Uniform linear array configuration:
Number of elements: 48
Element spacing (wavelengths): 1
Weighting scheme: uniform
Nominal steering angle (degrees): -15
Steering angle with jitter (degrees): -16.12
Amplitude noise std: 0.05
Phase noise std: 0.05

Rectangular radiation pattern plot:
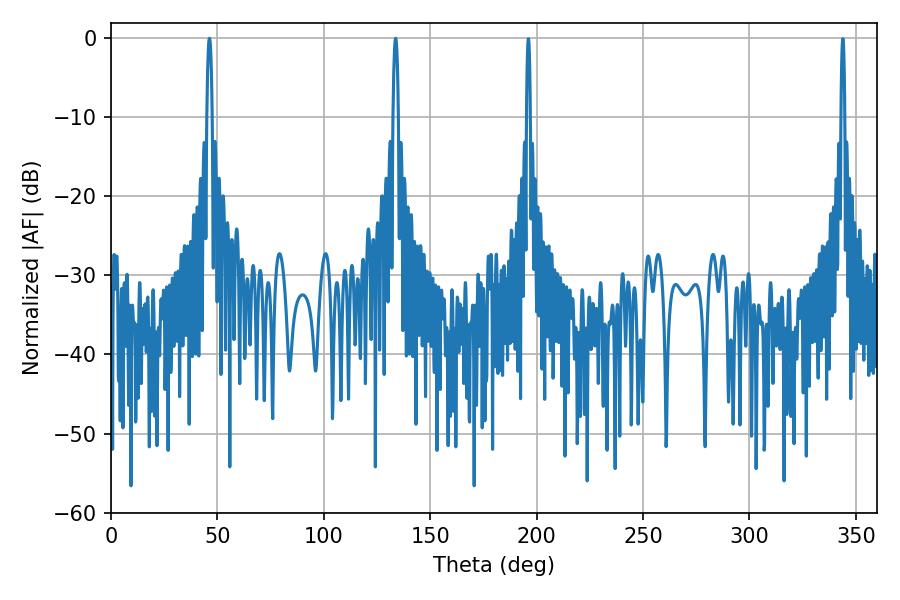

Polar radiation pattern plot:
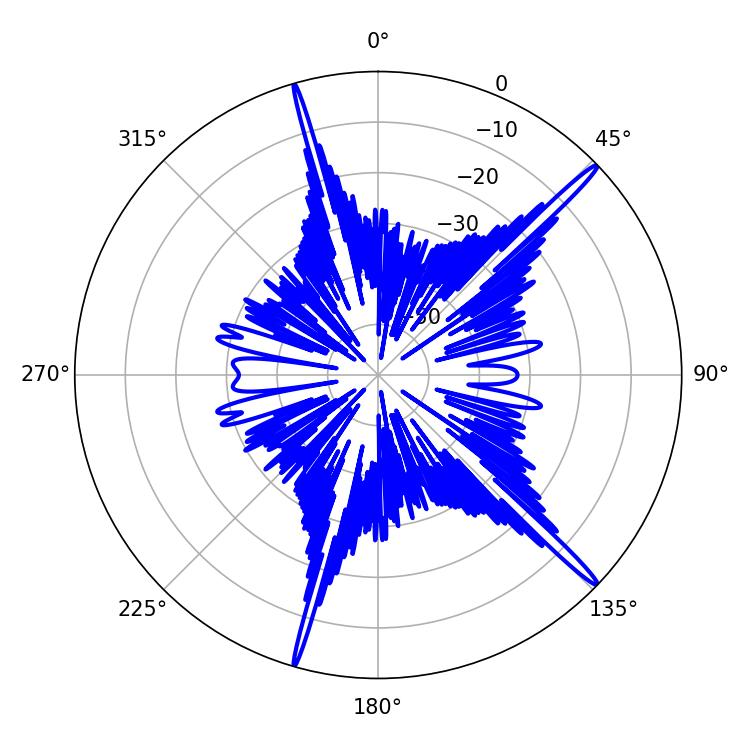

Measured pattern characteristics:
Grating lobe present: TRUE
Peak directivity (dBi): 18.08
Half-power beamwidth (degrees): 1.44
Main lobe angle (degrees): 46.26